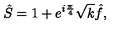
\hat { S } = 1 + e ^ { i \frac { \pi } { 4 } } \sqrt { k } \hat { f } ,